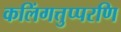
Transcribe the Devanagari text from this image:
कलिंगत्तुप्परणि